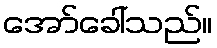
အော်ခေါ်သည်။